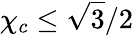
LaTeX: \chi_{c}\leq\sqrt{3}/2